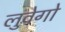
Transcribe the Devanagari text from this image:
लुवेगो